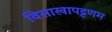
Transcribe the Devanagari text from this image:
विसाखापट्टणम